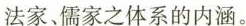
法家、儒家之体系的内涵。